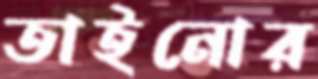
তাইনোর